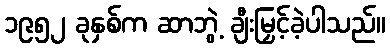
၁၉၅၂ ခုနှစ်က ဆာဘွဲ့ ချီးမြှင့်ခဲ့ပါသည်။